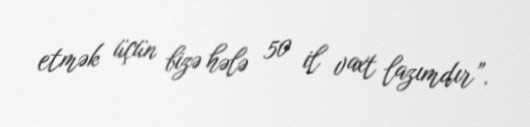
etmək üçün bizə hələ 50 il vaxt lazımdır”.